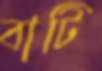
বাটি